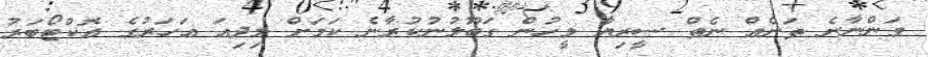
ވަންނާނެ ތަނެއް ނެތް ސީރިޔާ މީހުން ގަބޫލުނުކުރާނެ ކަމަށް މިދިއަ އަހަރުގެ އޮކްޓޯބަރު